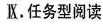
Ⅸ.任务型阅读 .